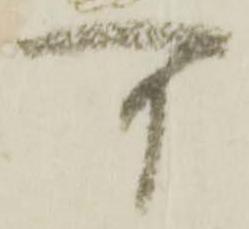
可